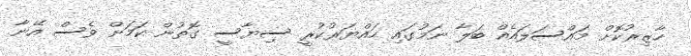
ހާޒިރުކޮށް މައްސަލައެއް ބަލާ ނަމުގައި ހައްޔަރުކުރީ ސިޔާސީ ގޮތުން ކަމަށް ވެސް އޭނާ